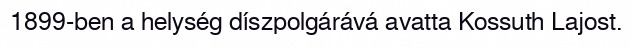
1899-ben a helység díszpolgárává avatta Kossuth Lajost.